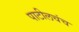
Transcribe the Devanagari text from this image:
पाटीलचंच